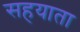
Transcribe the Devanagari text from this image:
सहयाता